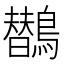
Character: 𱈻